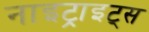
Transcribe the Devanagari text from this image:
नाइट्राइट्स